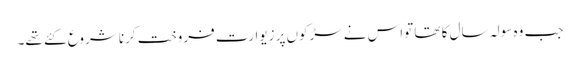
جب وہ سولہ سال کا تھا تواس نےسڑکوں پر زیوارت فروخت کرنا شروع کئے تھے۔